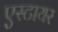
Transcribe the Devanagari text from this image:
एस्टायर